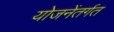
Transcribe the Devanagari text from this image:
योजनेंतर्गत